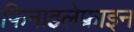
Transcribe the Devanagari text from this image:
फिनाइलेफ्राइन